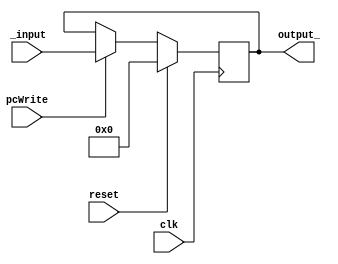
module PC(_input, output_, clk, pcWrite, reset);
	input [31:0] _input;				//Endereo da proxima instruo
	output reg [31:0] output_;		//Endereo da instruo atual
	input pcWrite;						//Sinal de controle para escrita do PC
	input clk; 							//Clock
	input reset;
	always @(negedge clk) begin
		if(reset == 1'b1)
			output_ <= 32'd0;
		else if(pcWrite == 1'b1)
			output_ <= _input;				//Atribuio do valor de saida
	end
endmodule